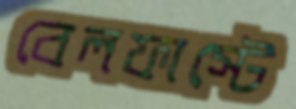
বেলফাস্টে